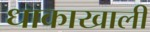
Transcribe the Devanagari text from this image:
धाकाखाली